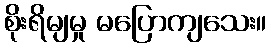
စိုးရိမျမှု မပြောကျသေး။